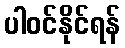
ပါဝင်နိုင်ရန်